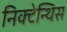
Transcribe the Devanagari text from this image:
निक्टेन्थिस